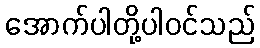
အောက်ပါတို့ပါဝင်သည်